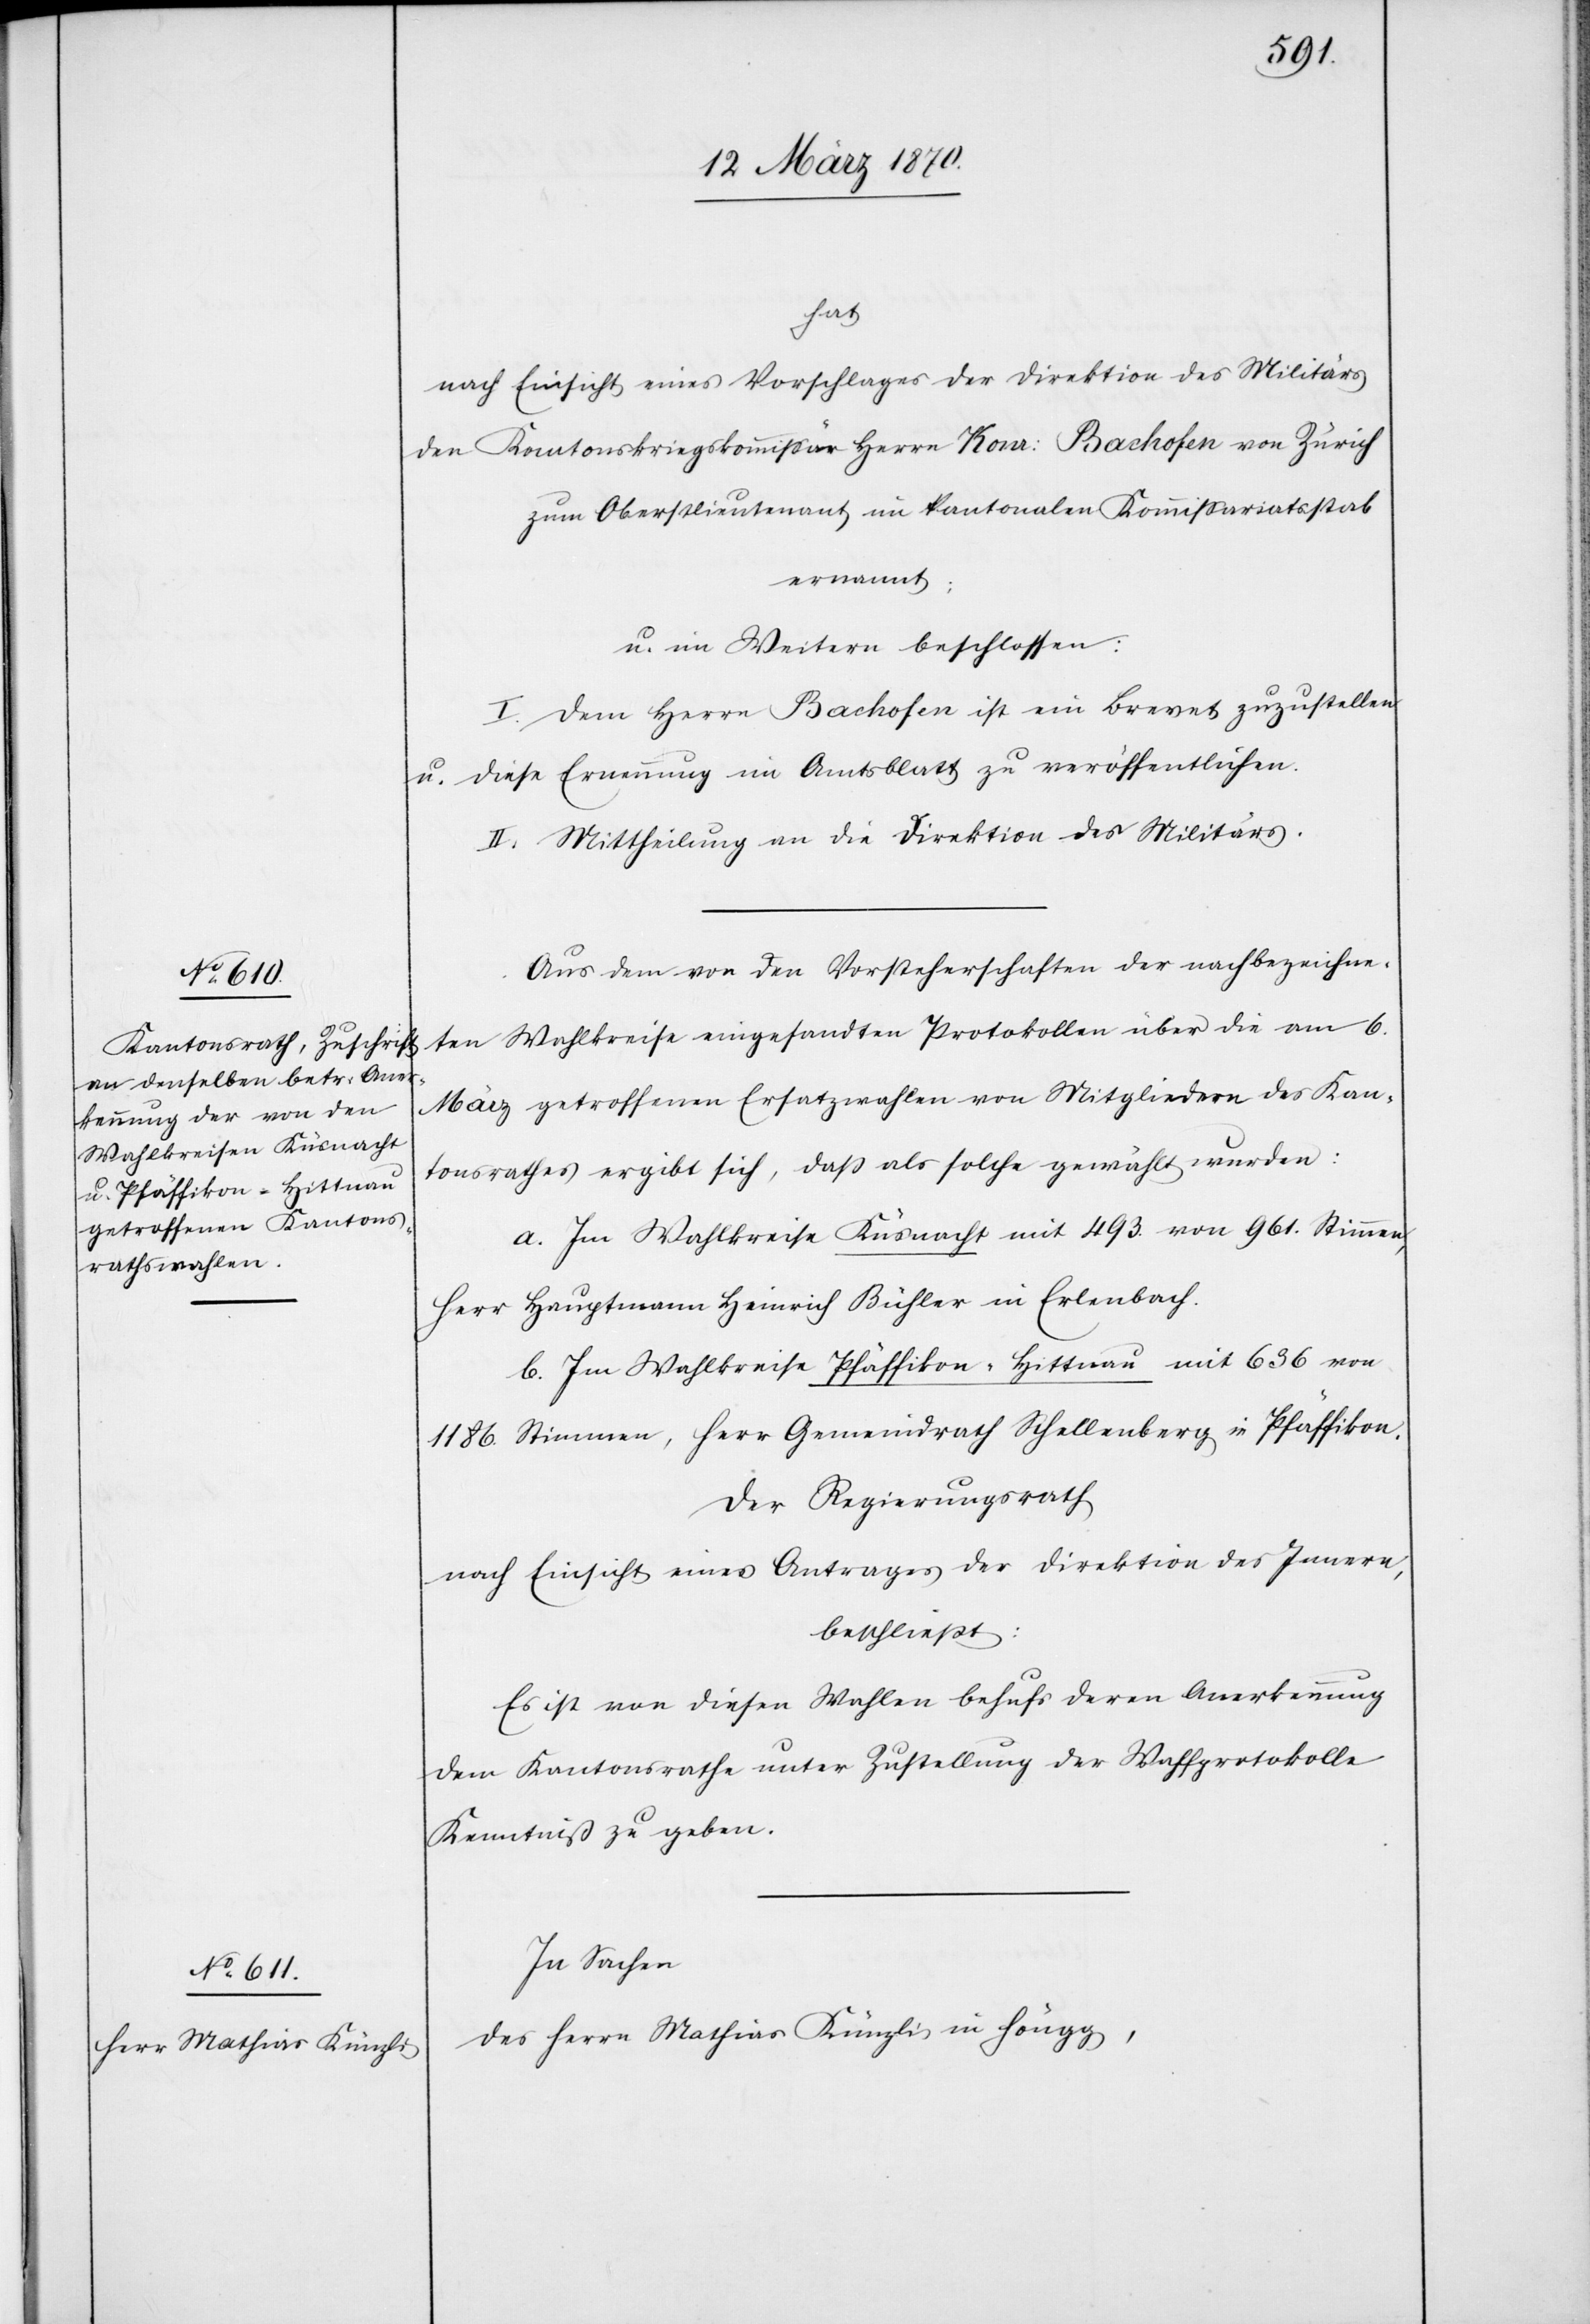
hat
nach Einsicht eines Vorschlages der Direktion des Militärs
den Kantonskriegskommissär Konr: [sic!] Bachofen von Zürich
zum Oberstlieutenant im kantonalen Kommissariatsstab
ernannt;
u. im Weitern beschlossen:
I. Dem Herrn Bachofen ist ein Brevet zuzustellen
u. diese Ernennung im Amtsblatt zu veröffentlichen.
II. Mittheilung an die Direktion des Militärs.
Aus dem [sic!] von den Vorsteherschaften der nachbezeichne¬
ten Wahlkreise eingesandten Protokollen über die am 6.
März getroffenen Ersatzwahlen von Mitgliedern des Kan¬
tonsrathes ergibt sich, daß als solche gewählt wurden:
a. Im Wahlkreise Küsnacht mit 493. von 961. Stimmen,
b. im Wahlkreise Pfäffikon-Hittnau mit 636 von
1186. Stimmen, Herr Gemeindrath Schellenberg in Pfäffikon.
Der Regierungsrath
nach Einsicht eines Antrages der Direktion des Innern,
beschließt:
Es ist von diesen Wahlen behufs deren Anerkennung
dem Kantonsrathe unter Zustellung der Wahlprotokolle
Kenntniß zu geben.
In Sachen
des Herrn Mathias Künzli in Höngg,